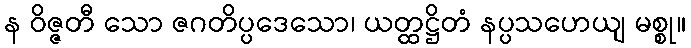
န ဝိဇ္ဇတီ သော ဇဂတိပ္ပဒေသော၊ ယတ္ထဋ္ဌိတံ နပ္ပသဟေယျ မစ္စု။